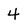
Character: 4